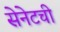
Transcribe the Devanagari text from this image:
सेनेटची